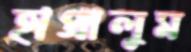
হাপ্‌রালুম